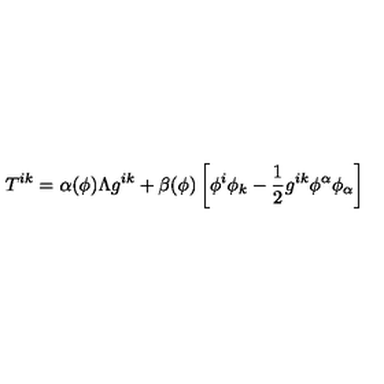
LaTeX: T ^ { i k } = \alpha ( \phi ) \Lambda g ^ { i k } + \beta ( \phi ) \left[ \phi ^ { i } \phi _ { k } - \frac { 1 } { 2 } g ^ { i k } \phi ^ { \alpha } \phi _ { \alpha } \right]